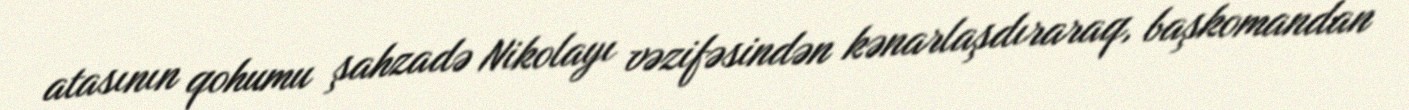
atasının qohumu şahzadə Nikolayı vəzifəsindən kənarlaşdıraraq, başkomandan